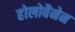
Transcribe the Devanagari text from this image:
होलोबैनेन